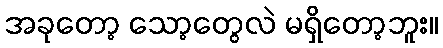
အခုတော့ သော့တွေလဲ မရှိတော့ဘူး။